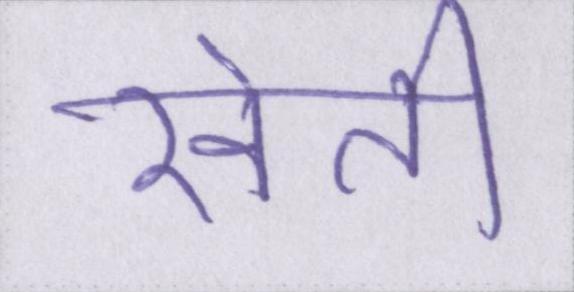
खेती